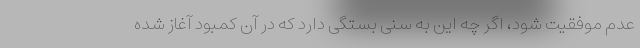
عدم موفقیت شود، اگر چه این به سنی بستگی دارد که در آن کمبود آغاز شده